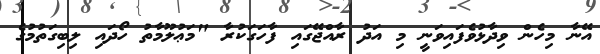
އޭނާ މިހެން ވިދާޅުވެފައިވަނީ މި އަދު ރާއްޖޭގައި ފާހަގަކުރާ "މަޢުލޫމާތު ހޯދައި ލިބިގަތުމުގެ